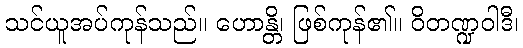
သင်ယူအပ်ကုန်သည်။ ဟောန္တိ၊ ဖြစ်ကုန်၏။ ဝိတဏ္ဍဝါဒီ၊